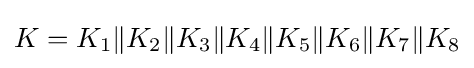
K=K_{1}\|K_{2}\|K_{3}\|K_{4}\|K_{5}\|K_{6}\|K_{7}\|K_{8}